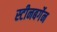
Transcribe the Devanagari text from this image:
स्टीनबर्गेन